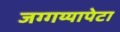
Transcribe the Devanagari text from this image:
जग्गय्यापेटा